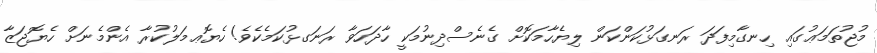
މުޖުތަމަޢުގައި ހިނގާމިފަދަ ރަނގަޅުކަންކަން ލިޔެހާމަކޮށް ގެނެސްދިނުމަކީ ހާދަހަވާ ރަނަގޅުކަމެކެވެ! ހެޔޮޢމަލުކުރާ އެންމެނަށް ހެޔޮޖަޒާ